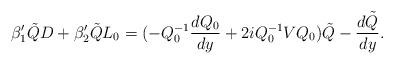
LaTeX: \begin{align*}\beta_1^\prime \tilde{Q}D+\beta_2^{\prime} \tilde{Q}L_0=(-Q_0^{-1} \frac{dQ_0}{dy}+2iQ_0^{-1}VQ_0)\tilde{Q}-\frac{d\tilde{Q}}{dy}.\end{align*}